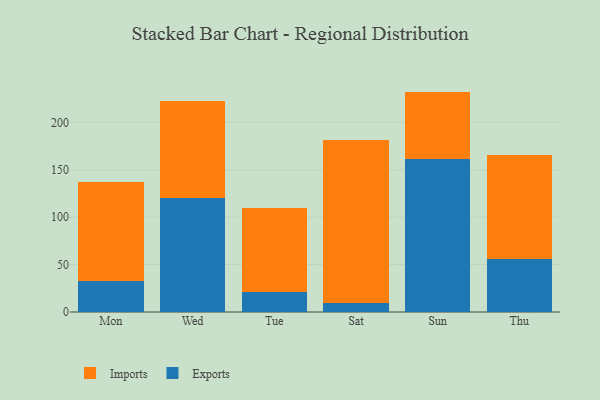
{"axis": {"x": "Day", "y": "Active Users"}, "legend": ["Exports", "Imports"], "data": [{"x": "Mon", "y": 32.4, "type": "Exports"}, {"x": "Mon", "y": 105.0, "type": "Imports"}, {"x": "Wed", "y": 120.6, "type": "Exports"}, {"x": "Wed", "y": 102.4, "type": "Imports"}, {"x": "Tue", "y": 21.2, "type": "Exports"}, {"x": "Tue", "y": 88.6, "type": "Imports"}, {"x": "Sat", "y": 9.6, "type": "Exports"}, {"x": "Sat", "y": 171.4, "type": "Imports"}, {"x": "Sun", "y": 161.9, "type": "Exports"}, {"x": "Sun", "y": 70.6, "type": "Imports"}, {"x": "Thu", "y": 55.7, "type": "Exports"}, {"x": "Thu", "y": 110.4, "type": "Imports"}]}